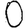
Digit: 0